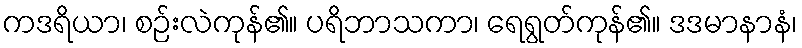
ကဒရိယာ၊ စဉ်းလဲကုန်၏။ ပရိဘာသကာ၊ ရေရွတ်ကုန်၏။ ဒဒမာနာနံ၊